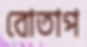
বোতাপ